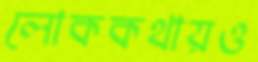
লোককথায়ও